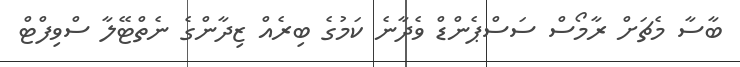
ބާސާ މެޗަށް ރާމޯސް ސަސްޕެންޑް ވެދާނެ ކަމުގެ ބިރެއް ޒިދާންގެ ނެތްޓޭލާ ސްވިފްޓް